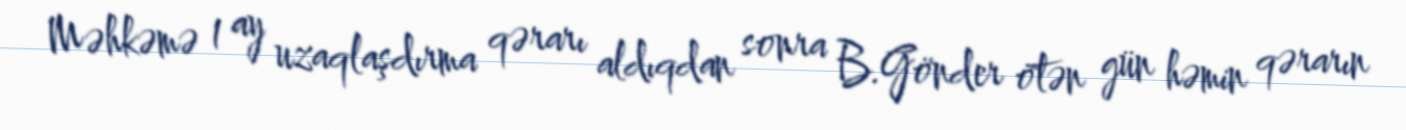
Məhkəmə 1 ay uzaqlaşdırma qərarı aldıqdan sonra B.Gönder ötən gün həmin qərarın